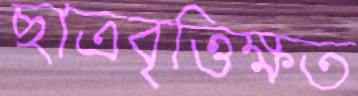
ছাত্রবৃত্তিক্ষত